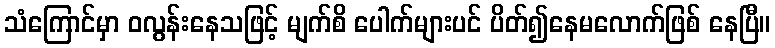
သံကြောင်မှာ ဝလွန်းနေသဖြင့် မျက်စိ ပေါက်များပင် ပိတ်၍နေမလောက်ဖြစ် နေပြီ။